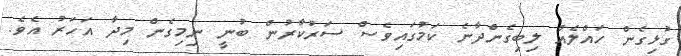
ގުޅިގެން ހައްލެއް ލިބިގެންދާނެ ކަމުގައިވެސް ސަރުކާރުން ބުނީ ނިމިގެން މިދާ އަހަރު އެވެ.